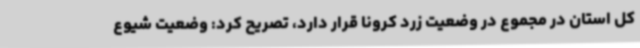
کل استان در مجموع در وضعیت زرد کرونا قرار دارد، تصریح کرد: وضعیت شیوع